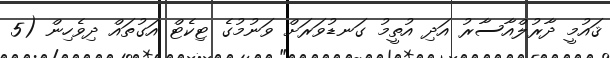
ޤައުމީ ދާރުލްއާސާރު އަދި އުތީމު ގަނޑުވަރަށް ވަނުމުގެ ޓިކެޓް އަގުތައް ދިވެހިން (5